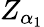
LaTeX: Z_{\alpha_{1}}